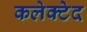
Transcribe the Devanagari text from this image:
कलेक्टेद